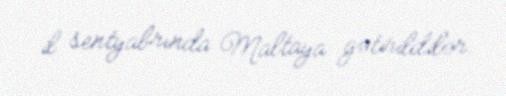
il sentyabrında Maltaya gətirildilər.